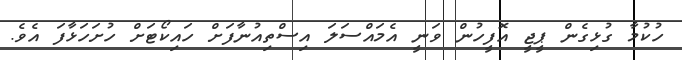
ހުކުމާ ގުޅިގެން ޕީޖީ އޮފީހުން ވަނީ އެމައްސަލަ އިސްތިއުނާފަށް ހައިކޯޓަށް ހުށަހަޅާފަ އެވެ.